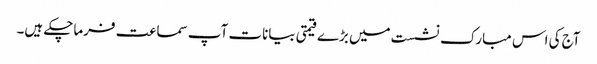
آج کی اس مبارک نشست میں بڑے قیمتی بیانات آپ سماعت فرماچکے ہیں۔